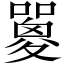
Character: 𡂇